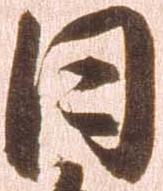
日